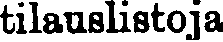
tilauslistoja